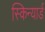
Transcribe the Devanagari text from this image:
स्किन्यार्ड